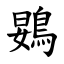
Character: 䳛